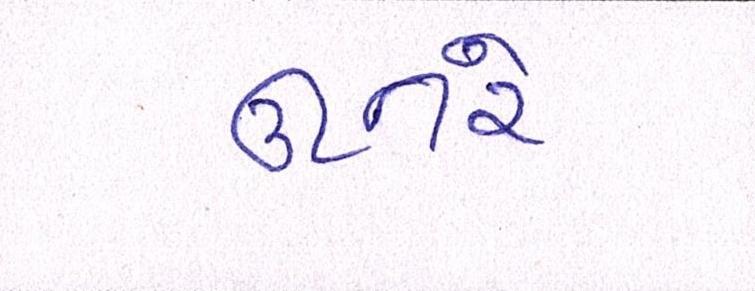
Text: ઊતરે